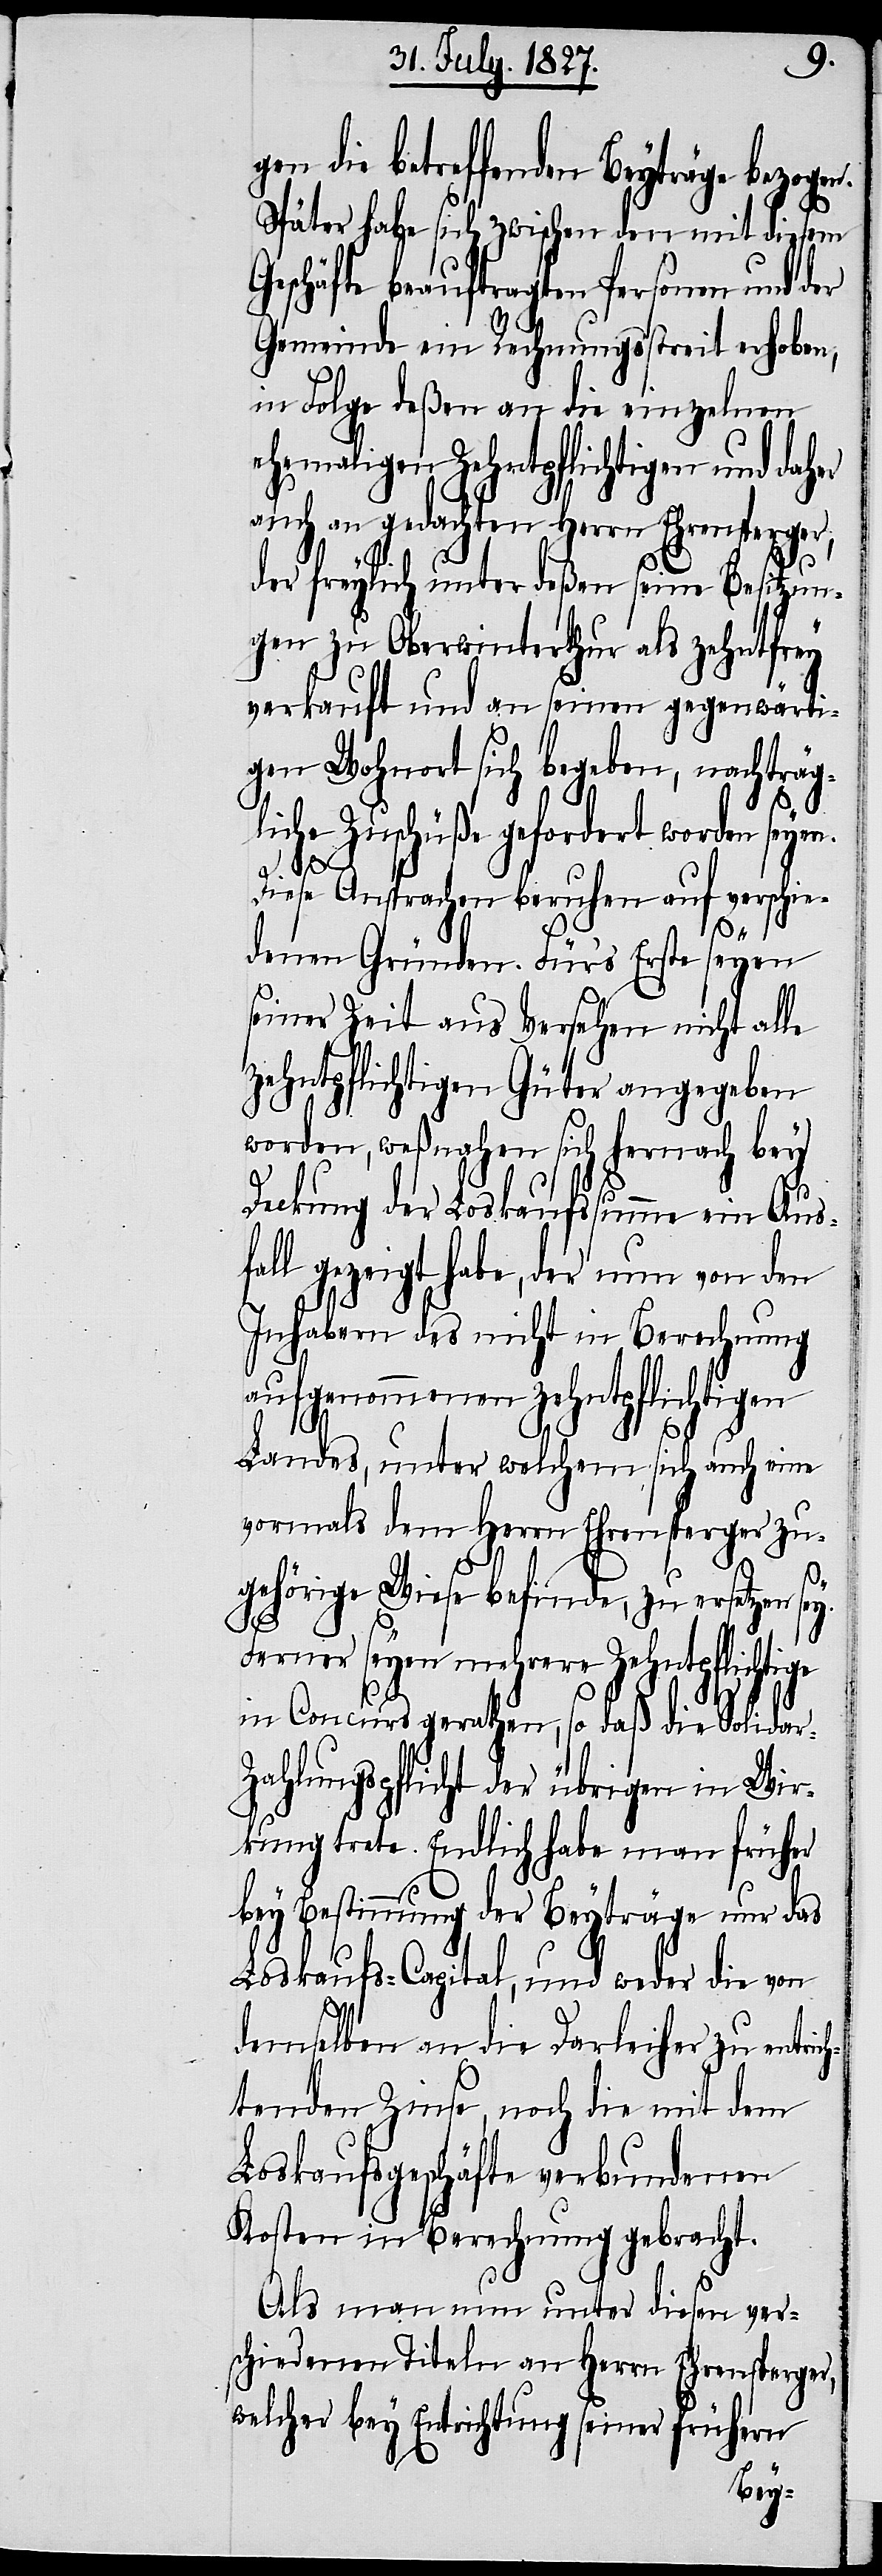
gen die betreffenden Beyträge bezogen.
Später habe sich zwischen den mit diesem
Geschäfte beauftragten Personen und der
Gemeinde ein Rechnungsstreit erhoben,
in Folge deßen an die einzelnen
ehemaligen Zehntpflichtigen und daher
auch an gedachten Herrn Ehrensperger,
der freylich unterdeßen seine Besitzun¬
gen zu Oberwinterthur als zehntfrey
verkauft und an seinen gegenwärti¬
gen Wohnort sich begeben, nachträg¬
liche Zuschüße gefordert worden seye¬
n.
Diese Ansprachen beruhen auf verschie¬
denen Gründen. Für’s Erste seyen
seiner Zeit aus Versehen nicht alle
zehntpflichtigen Güter angegeben
worden, weßnahen sich hernach bey
Deckung der Loskaufssumme ein Aus¬
fall gezeigt habe, der nun von den
Inhabern des nicht in Berechnung
aufgenommenen zehntpflichtigen
Landes, unter welchem sich auch eine
vormals dem Herrn Ehrensperger zu¬
gehörige Wiese befinde, zu ersetzen sey.
Ferner seyen mehrere Zehntpflichtige
in Concurs gerathen, so daß die Solidar-Z¬
ahlungspflicht der übrigen in Wir¬
kung trete. Endlich habe man früher
bey Bestimmung der Beyträge nur das
Loskaufs-Capital, und weder die von
demselben an die Darleiher zu entric¬
htenden Zinse, noch die mit dem
Loskaufsgeschäfte verbundenen
Kosten in Berechnung gebracht.
Als man nun unter diesen ver¬
schiedenen Titeln an Herrn Ehrensperger,
welcher bey Entrichtung seiner frühern